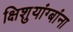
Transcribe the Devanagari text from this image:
क्षिशुयांग्बांना